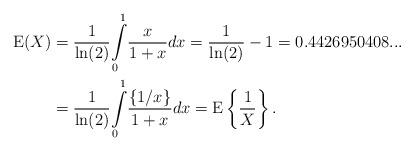
LaTeX: \begin{align*}\operatorname*{E}(X) & =\frac{1}{\ln(2)}{\displaystyle\int\limits_{0}^{1}}\frac{x}{1+x}dx=\frac{1}{\ln(2)}-1=0.4426950408...\\& =\frac{1}{\ln(2)}{\displaystyle\int\limits_{0}^{1}}\frac{\{1/x\}}{1+x}dx=\operatorname*{E}\left\{ \frac{1}{X}\right\} .\end{align*}